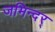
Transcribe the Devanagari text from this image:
जमिन्दर्